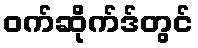
ဝက်ဆိုက်ဒ်တွင်